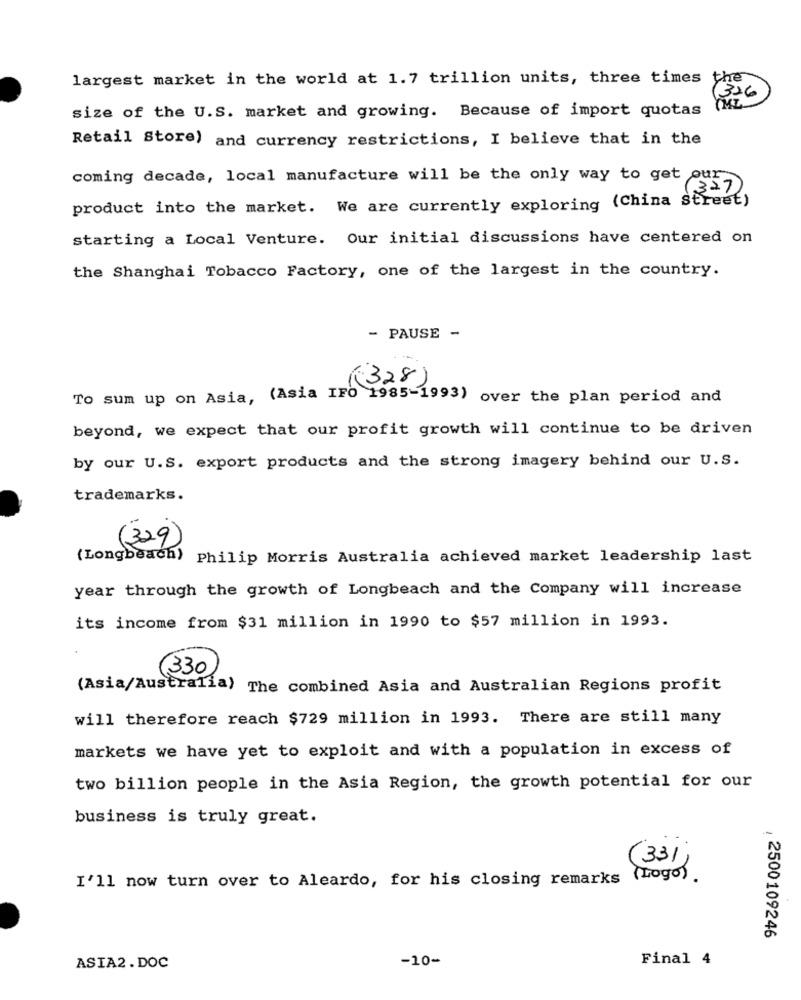
largest market in the world at 1.7 trillion units, three times
the
326
size of the U.S. market and growing. Because of import quotas
Retail Store) and currency restrictions, I believe that in the
coming decade, local manufacture will be the only way to get our-
(327)
product into the market. We are currently exploring (China Street)
starting a Local Venture. Our initial discussions have centered on
the Shanghai Tobacco Factory, one of the largest in the country.
- PAUSE -
(328)
To sum up on Asia, (Asia IFO 1985-1993) over the plan period and
beyond, we expect that our profit growth will continue to be driven
by our U.S. export products and the strong imagery behind our U.S.
trademarks.
(329)
(Longbeach) Philip Morris Australia achieved market leadership last
year through the growth of Longbeach and the Company will increase
its income from $31 million in 1990 to $57 million in 1993.
(330
(Asia/Australia)
The combined Asia and Australian Regions profit
will therefore reach $729 million in 1993. There are still many
markets we have yet to exploit and with a population in excess of
two billion people in the Asia Region, the growth potential for our
business is truly great.
(33)
I'll now turn over to Aleardo, for his closing remarks (Logo) .
, 2500109246
-10-
Final 4
ASIA2 .DOC